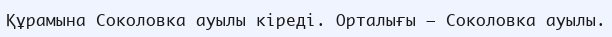
Құрамына Соколовка ауылы кіреді. Орталығы – Соколовка ауылы.